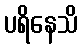
ပရိနေသိ